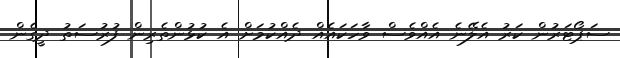
ސަޕޯޓަރުން ކަރު އެލޭނެ އެއްވެސް ވާހަކައެއް ދެއްކުމަށް އެ ކުޅުންތެރިން ފުރުސަތު ދީގެން